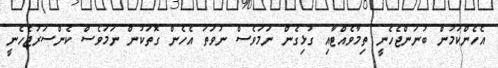
އެހެންކަމުން ބުނަންޖެހެނީ ތިމާވެއްޓާއި ގުޅިގެން ނަމަވެސް ނުވަތަ އެހެން ގޮތަކުން ނަމަވެސް ކެންސަރުޖެހެނީ